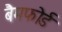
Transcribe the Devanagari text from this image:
बैमफोर्ड